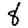
Digit: 8